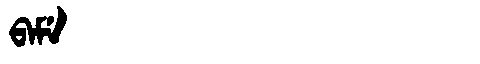
Manchu: ᠪᠠᠮᡝ
Romanization: BAME